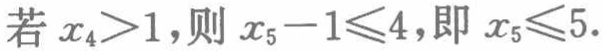
若 \(x_{4}>1\)，则 \(x_{5}-1\leqslant4\)，即 \(x_{5}\leqslant5\)。